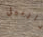
دارنيل